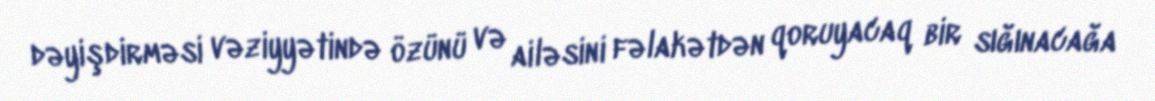
dəyişdirməsi vəziyyətində özünü və ailəsini fəlakətdən qoruyacaq bir sığınacağa